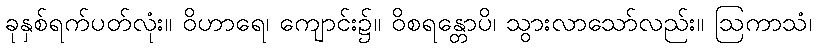
ခုနှစ်ရက်ပတ်လုံး။ ဝိဟာရေ၊ ကျောင်း၌။ ဝိစရန္တောပိ၊ သွားလာသော်လည်း။ ဩကာသံ၊